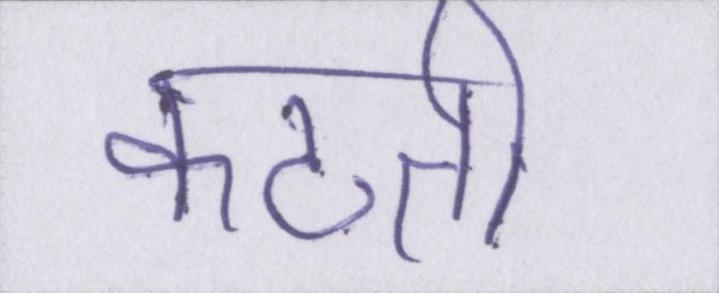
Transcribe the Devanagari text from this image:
कटती